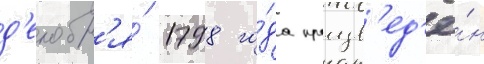
д'екабр'я́ 1798 го́да произв'ед'ё́н